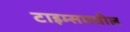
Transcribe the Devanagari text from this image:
टाइम्समधील